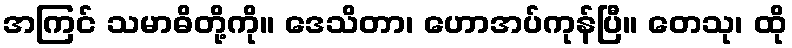
အကြင် သမာဓိတို့ကို။ ဒေသိတာ၊ ဟောအပ်ကုန်ပြီ။ တေသု၊ ထို